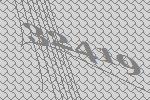
32419